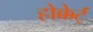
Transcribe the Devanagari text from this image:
होक्केर्ट्